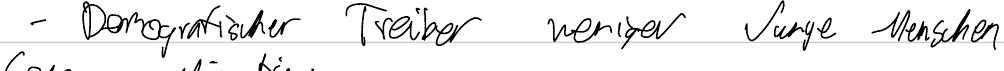
- Demografischer Treiber weniger Junge Menschen